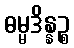
ဓမ္မဒိန္နဉ္စ